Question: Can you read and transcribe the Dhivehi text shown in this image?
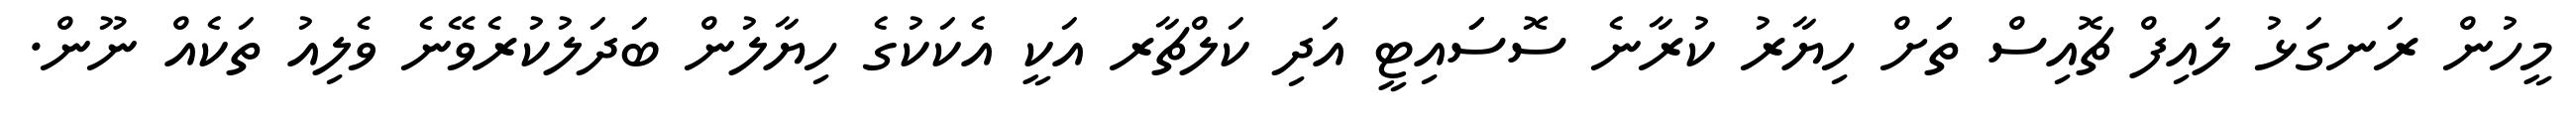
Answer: މީހުން ރަނގަޅު ލައިފް ޗޮއިސް ތަަށް ހިޔާރު ކުރާނެ ސޮސަައިޓީ އަދި ކަލްޗާރ އަކީ އެކަކުގެ ހިޔާލުން ބަދަލުކުރެވޭނެ ވެލިއު ތަކެއް ނޫން.